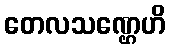
တေလသဏ္ဌေဟိ